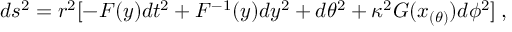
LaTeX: d s ^ { 2 } = r ^ { 2 } [ - { \cal F } ( y ) d t ^ { 2 } + { \cal F } ^ { - 1 } ( y ) d y ^ { 2 } + d \theta ^ { 2 } + \kappa ^ { 2 } { \cal { G } } ( x _ { ( \theta ) } ) d \phi ^ { 2 } ] \: ,